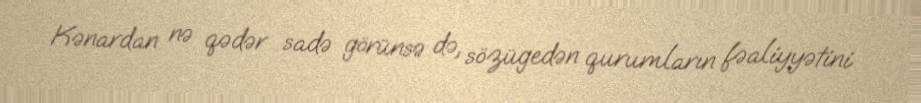
Kənardan nə qədər sadə görünsə də, sözügedən qurumların fəaliyyətini